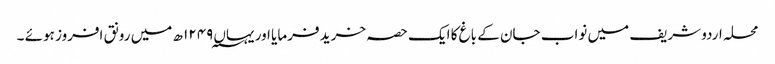
محلہ اردو شریف میں نواب جان کے باغ کا ایک حصہ خرید فرمایا اور یہاں ۱۲۴۹؁ ھ میں رونق افروز ہوئے ۔